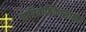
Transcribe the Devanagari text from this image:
पारितोषिकासाठीचे